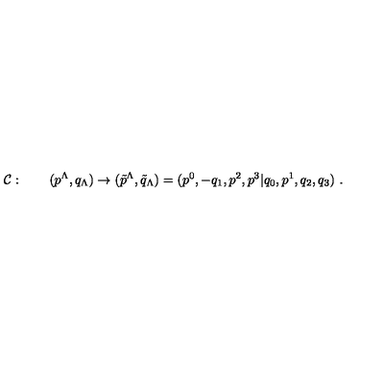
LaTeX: { \cal C } : \qquad ( p ^ { \Lambda } , q _ { \Lambda } ) \rightarrow ( \tilde { p } ^ { \Lambda } , \tilde { q } _ { \Lambda } ) = ( p ^ { 0 } , - q _ { 1 } , p ^ { 2 } , p ^ { 3 } | q _ { 0 } , p ^ { 1 } , q _ { 2 } , q _ { 3 } ) \ .